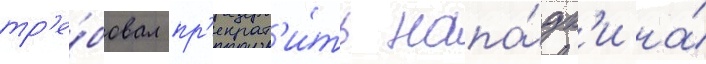
тр'е́бовал пр'екрат'и́ть напа́дк'и на́